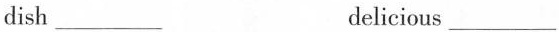
dish ___ delicious ___